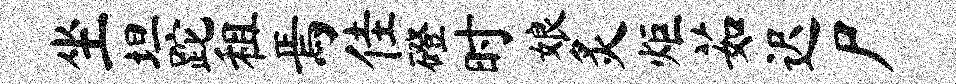
坐坦跎租焉佳磴时娘炙炬茹迟尸